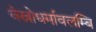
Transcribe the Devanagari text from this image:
वेस्नोधर्मावलम्बि